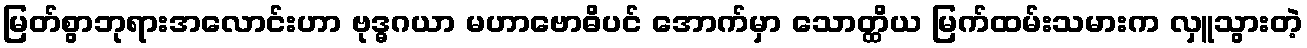
မြတ်စွာဘုရားအလောင်းဟာ ဗုဒ္ဓဂယာ မဟာဗောဓိပင် အောက်မှာ သောတ္ထိယ မြက်ထမ်းသမားက လှူသွားတဲ့